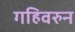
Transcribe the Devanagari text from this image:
गहिवरुन